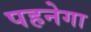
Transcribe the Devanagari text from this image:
पहनेगा